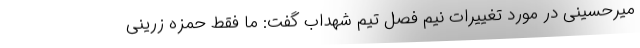
میرحسینی در مورد تغییرات نیم فصل تیم شهداب گفت: ما فقط حمزه زرینی